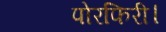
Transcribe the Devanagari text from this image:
पोरफिरी।